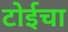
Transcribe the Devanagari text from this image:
टोईचा